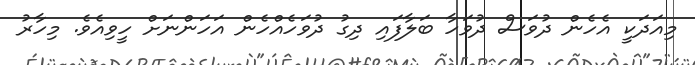
މިއަދަކީ އެހެން ދުވަސް ދުވަހާ ބަލާފައި ދިގު ދުވަހެއްހެން އަހަންނަށް ހީވިއެވެ. މިހާރު